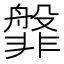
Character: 𬰝